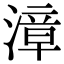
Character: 漳